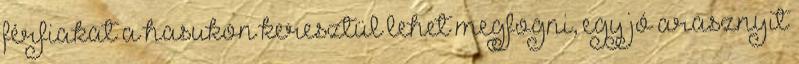
férfiakat a hasukon keresztül lehet megfogni, egy jó arasznyit